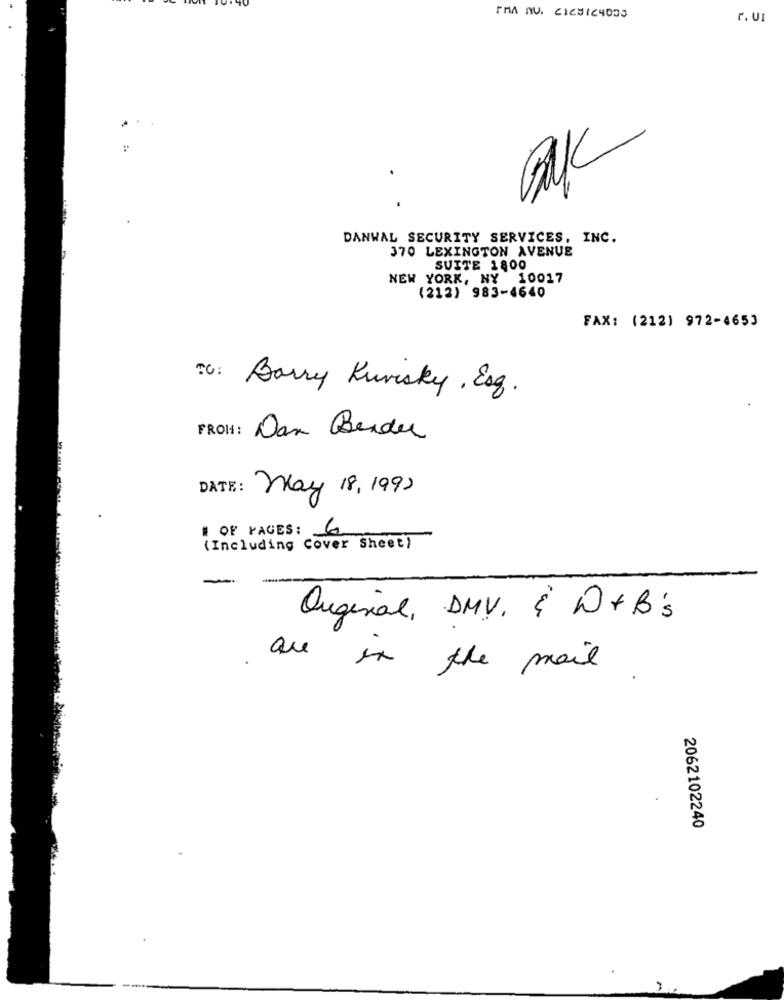
r. UI
DANWAL SECURITY SERVICES, INC.
370 LEXINGTON AVENUE
SUITE 1800
NEW YORK, NY 10017
(212) 983-4640
FAX: (212) 972-4653
To: Barry Kurisky, Esq.
FROM : Dan Bender
DATE: May 18, 199
# OF PAGES: 6
(Including Cover Sheet)
-
-
Orginal, DMV. { D+B's
are in the mail
2062102240